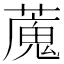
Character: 䕇